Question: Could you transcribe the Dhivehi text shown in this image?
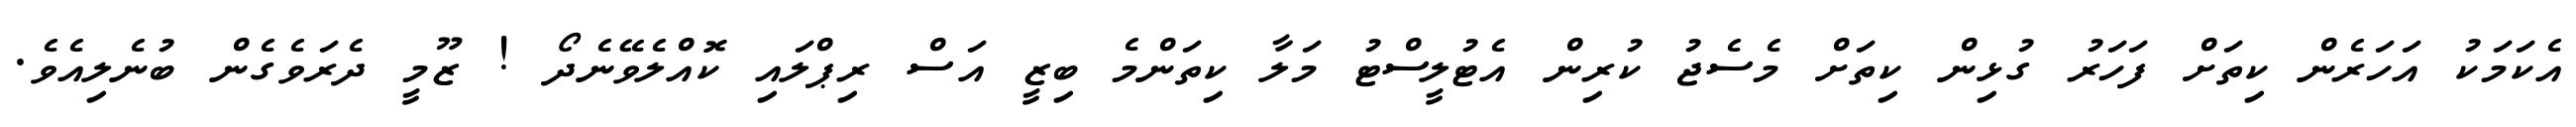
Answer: އެކަމަކު އަހަރެން ކިތަށް ފަހަރު ގުޅިން ކިތަށް މެސެޖު ކުރިން އެޓުލީސްޓު މަލާ ކިތަންމެ ބިޒީ އަސް ރިޕްލައި ކޮއްލެވޭނެދޯ ! ޒޫމީ ދެރަވެގެން ބުނެލިއެވެ.